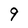
Character: 9